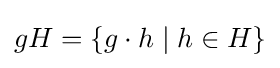
gH=\{g\cdot h\mid h\in H\}